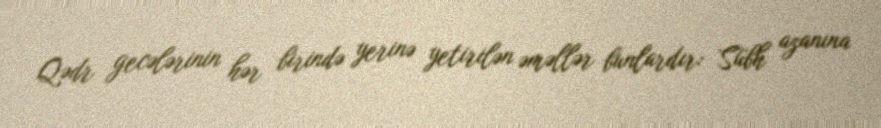
Qədr gecələrinin hər birində yerinə yetirilən əməllər bunlardır: Sübh azanına